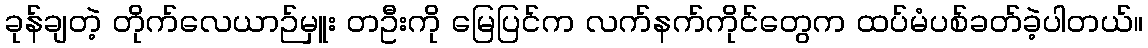
ခုန်ချတဲ့ တိုက်လေယာဉ်မှူး တဦးကို မြေပြင်က လက်နက်ကိုင်တွေက ထပ်မံပစ်ခတ်ခဲ့ပါတယ်။